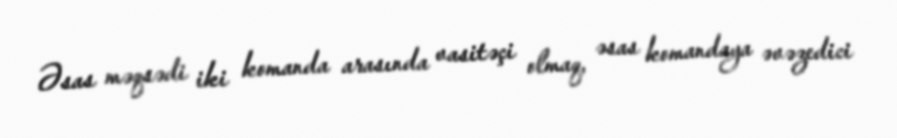
Əsas məqsədi iki komanda arasında vasitəçi olmaq, əsas komandaya əvəzedici